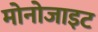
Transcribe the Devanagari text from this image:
मोनोजाइट